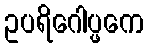
ဥပရိဂေါပ္ဖကေ